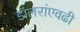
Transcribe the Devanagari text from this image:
डॉलरांएवढी